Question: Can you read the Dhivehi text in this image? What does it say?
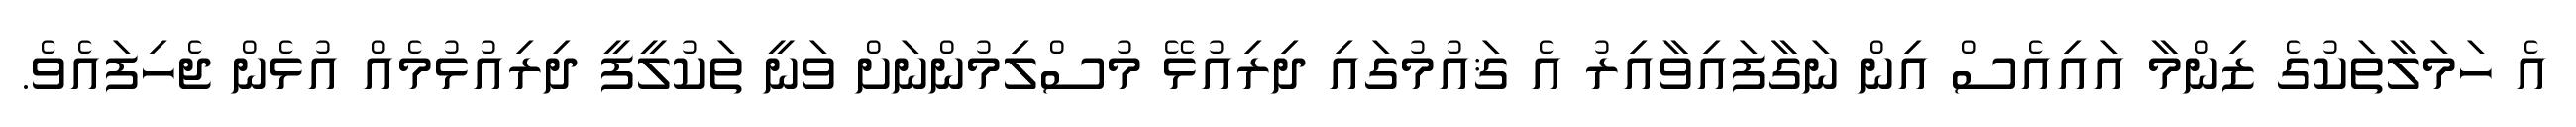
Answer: އެ ހަމަލާތަކުގެ ޒިންމާ އައިއެސް އިން ނަގާފައިވާއިރު އެ ޤައުމުގައި ދިރިއުޅޭ މުސްލިމުންނަށް ވަނީ ތަކުލީފީ ދިރިއުޅުމެއް އުޅެން ޖެހިފައެވެ.